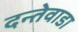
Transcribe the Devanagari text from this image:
दन्तेवाडा